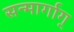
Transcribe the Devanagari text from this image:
सन्मार्गाग्